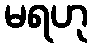
မရဟု